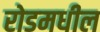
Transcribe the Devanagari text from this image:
रोडमधील